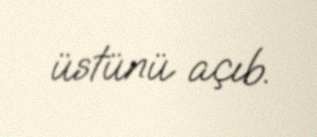
üstünü açıb.